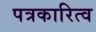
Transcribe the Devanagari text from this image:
पत्रकारित्व